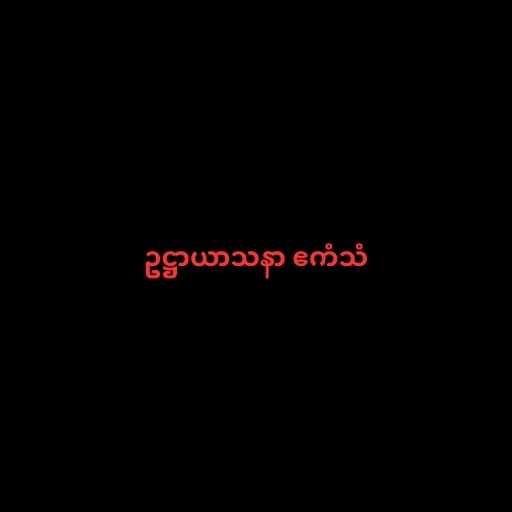
ဥဋ္ဌာယာသနာ ဧကံသံ